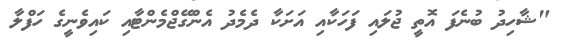
"ޝާހިދު ބުނެފަ އޮތީ ޖުލައި ފަހަކާއި އަށަކާ ދެމެދު އެންގޭޖްމެންޓާއި ކައިވެނީގެ ހަފްލާ